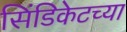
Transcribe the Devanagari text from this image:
सिंडिकेटच्या